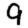
Digit: 9